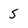
Character: 5